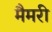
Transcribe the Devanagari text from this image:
मैमरी